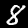
Label: 8